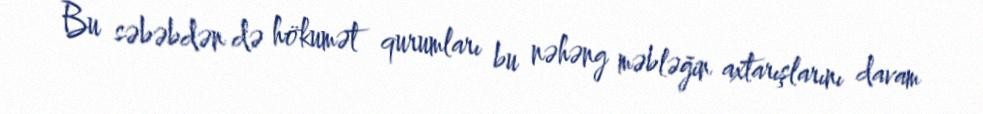
Bu səbəbdən də hökumət qurumları bu nəhəng məbləğin axtarışlarını davam